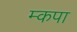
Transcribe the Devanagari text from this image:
म्कपा